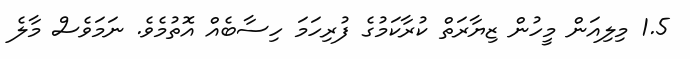
1.5 މިލިއަން މީހުން ޒިޔާރަތް ކުރާކަމުގެ ފުރިހަމަ ހިސާބެއް އޮތުމެވެ. ނަމަވެސް މާލެ